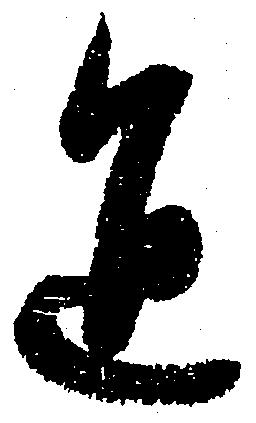
通